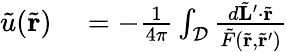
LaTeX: \begin{array}{rl}{\tilde{u}(\tilde{\mathbf{r}})}&{{}=-\frac{1}{4\pi}\int_{\mathcal{D}}\frac{d\tilde{\mathbf{L}}^{\prime}\cdot\tilde{\mathbf{r}}}{\tilde{F}(\tilde{\mathbf{r}},\tilde{\mathbf{r}}^{\prime})}}\end{array}